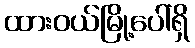
ထားဝယ်မြို့ပေါ်ရှိ